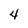
Character: 4